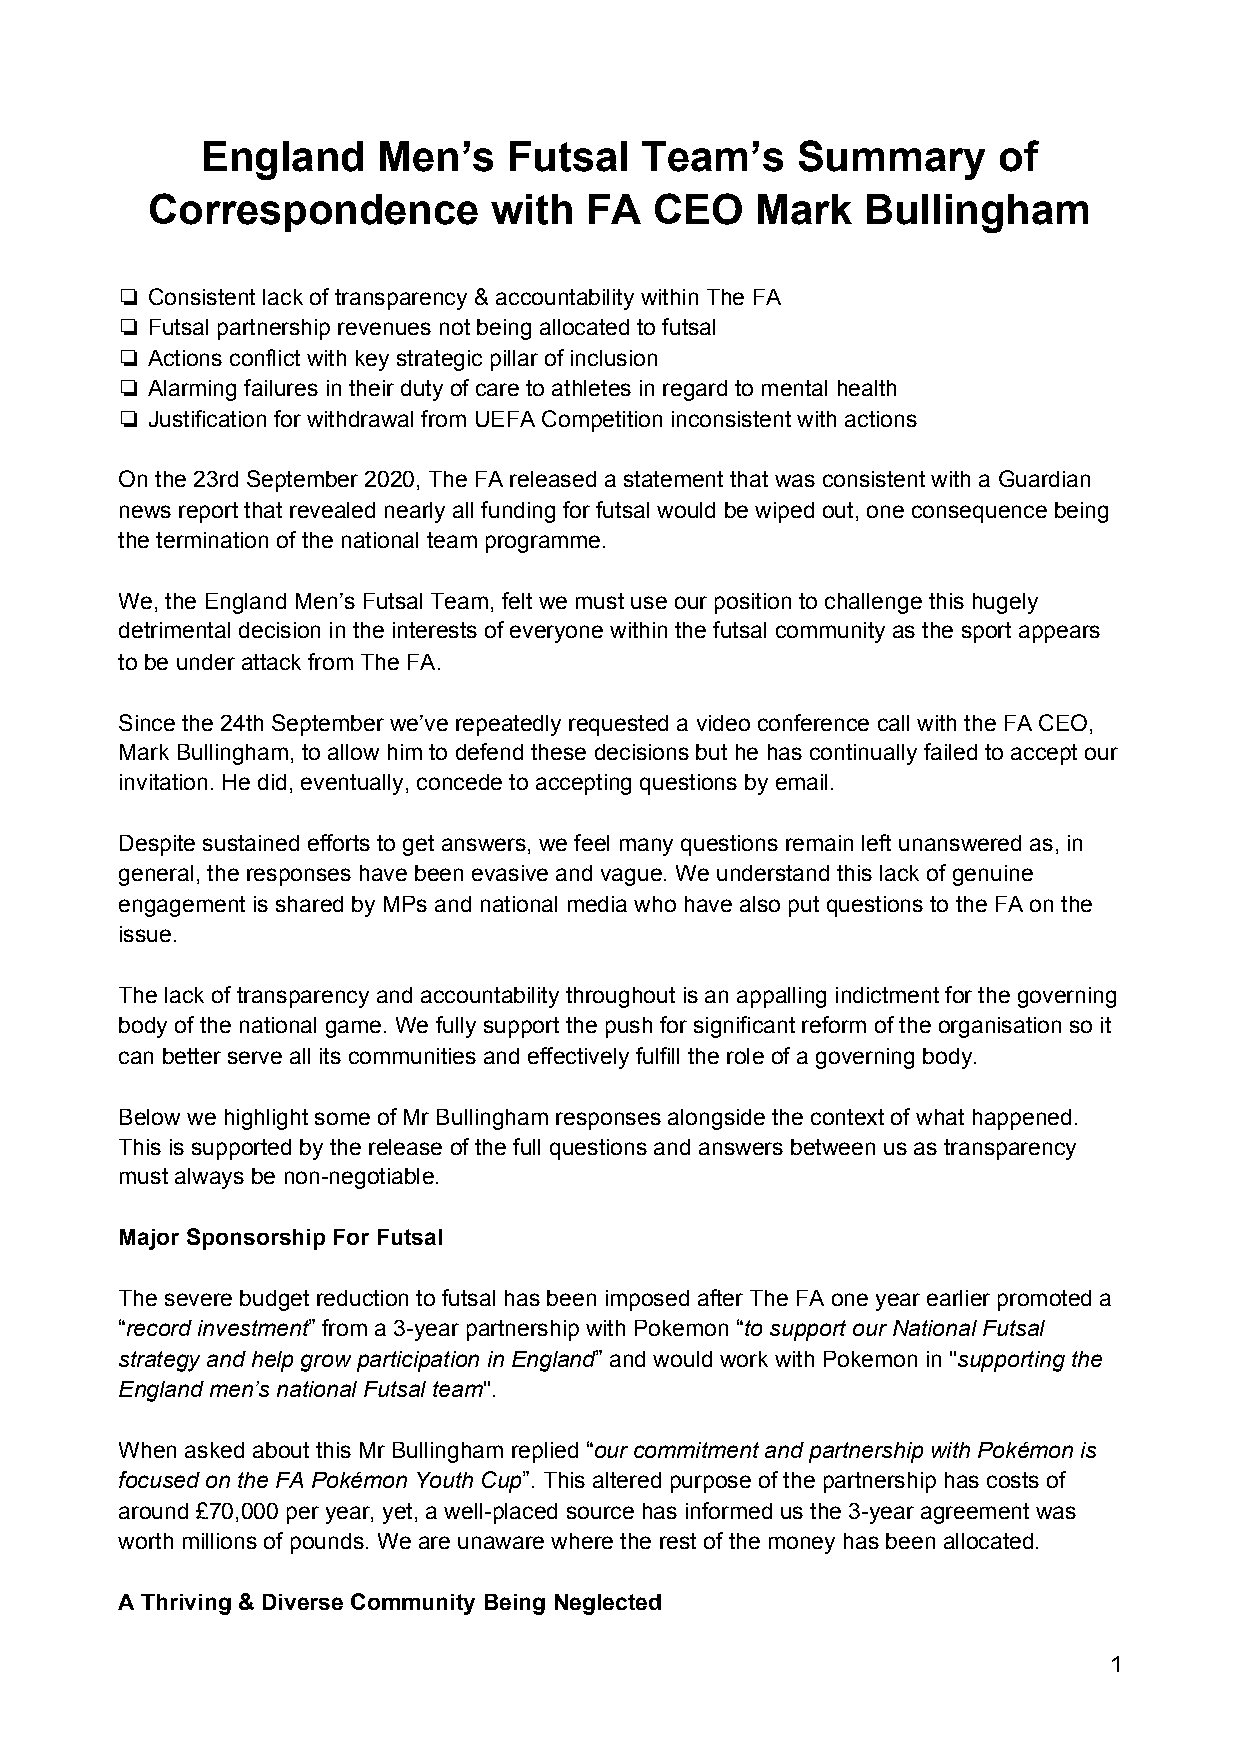
England     Men’s    Futsal  Team’s     Summary      of
 Correspondence        with   FA  CEO    Mark   Bullingham
 ❏ Consistent lack of transparency & accountability within The FA
 ❏ Futsal partnership revenues not being allocated to futsal
 ❏ Actions conflict with key strategic pillar of inclusion
 ❏ Alarming failures in their duty of care to athletes in regard to mental health
 ❏ Justification for withdrawal from UEFA Competition inconsistent with actions
 On the 23rd September 2020, The FA released a statement that was consistent with a Guardian
 news report that revealed nearly all funding for futsal would be wiped out, one consequence being
 the termination of the national team programme.
 We, the England Men’s Futsal Team, felt we must use our position to challenge this hugely
 detrimental decision in the interests of everyone within the futsal community as the sport appears
 to be under attack from The FA.
 Since the 24th September we’ve repeatedly requested a video conference call with the FA CEO,
 Mark Bullingham, to allow him to defend these decisions but he has continually failed to accept our
 invitation. He did, eventually, concede to accepting questions by email.
 Despite sustained efforts to get answers, we feel many questions remain left unanswered as, in
 general, the responses have been evasive and vague. We understand this lack of genuine
 engagement is shared by MPs and national media who have also put questions to the FA on the
 issue.
 The lack of transparency and accountability throughout is an appalling indictment for the governing
 body of the national game. We fully support the push for significant reform of the organisation so it
 can better serve all its communities and effectively fulfill the role of a governing body.
 Below we highlight some of Mr Bullingham responses alongside the context of what happened.
 This is supported by the release of the full questions and answers between us as transparency
 must always be non-negotiable.
 Major Sponsorship For Futsal
 The severe budget reduction to futsal has been imposed after The FA one year earlier promoted a
 “record investment” from a 3-year partnership with Pokemon “to support our National Futsal
 ​           ​                            ​
 strategy and help grow participation in England” and would work with Pokemon in "supporting the
 ​                       ​
 England men’s national Futsal team".
 ​
 When asked about this Mr Bullingham replied “our commitment and partnership with Pokémon is
 ​
 focused on the FA Pokémon Youth Cup”. This altered purpose of the partnership has costs of
 ​
 around £70,000 per year, yet, a well-placed source has informed us the 3-year agreement was
 worth millions of pounds. We are unaware where the rest of the money has been allocated.
 A Thriving & Diverse Community Being Neglected
 1